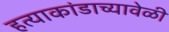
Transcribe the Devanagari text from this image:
हत्याकांडाच्यावेळी